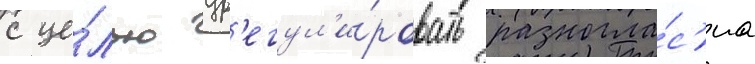
с це́лью ур'егул'и́ровать разногла́с'иа